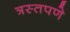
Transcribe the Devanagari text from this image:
त्रस्तपणे